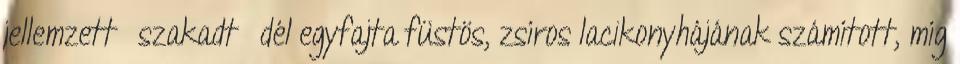
jellemzett »szakadt« dél egyfajta füstös, zsíros lacikonyhájának számított, míg